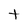
Character: t